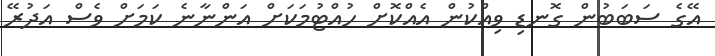
އޭގެ ސަބަބުން ގޮނޑި ވިއްކުން އެއްކޮށް ހުއްޓުމަކަށް އަންނާނެ ކަމަށް ވެސް އަދުރޭ